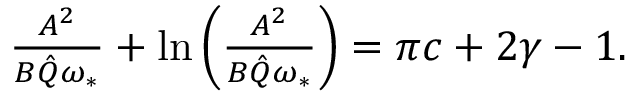
\begin{array} { r } { \frac { A ^ { 2 } } { B \hat { Q } \omega _ { * } } + \ln \left( \frac { A ^ { 2 } } { B \hat { Q } \omega _ { * } } \right) = \pi c + 2 \gamma - 1 . } \end{array}